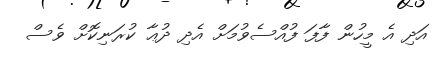
އަދި އެ މީހުން ފާފަ ފުއްސެވުމަށް އެދި ދުޢާ ކުރަނިކޮށް ވެސް